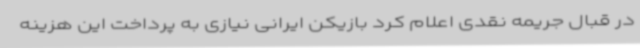
در قبال جریمه نقدی اعلام کرد بازیکن ایرانی نیازی به پرداخت این هزینه